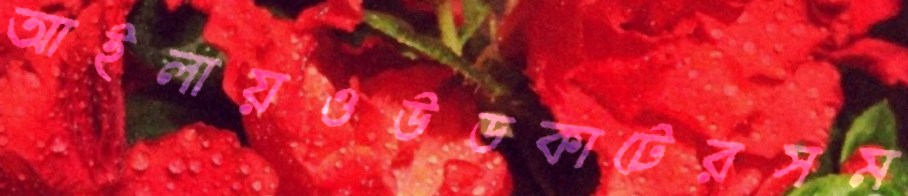
আইলায়ওউডকাটেরসম